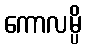
ကောလမ္ပိ